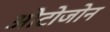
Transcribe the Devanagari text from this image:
ओटोजोन